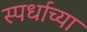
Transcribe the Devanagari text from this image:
स्पर्धाच्या